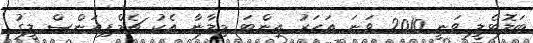
ބަލޮޓެލީ ވަނީ 2010 ވަނަ އަހަރު އިންޓަ މިލާނާ އެކު ޗެމްޕިއަންސް ލީގު